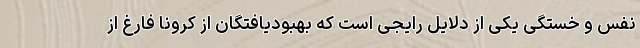
نفس و خستگی یکی از دلایل رایجی است که بهبودیافتگان از کرونا فارغ از